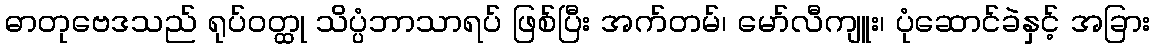
ဓာတုဗေဒသည် ရုပ်ဝတ္ထု သိပ္ပံဘာသာရပ် ဖြစ်ပြီး အက်တမ်၊ မော်လီကျူး၊ ပုံဆောင်ခဲနှင့် အခြား